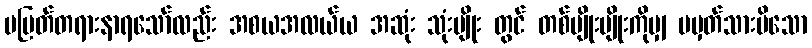
မပြတ်တရားနာရသော်လည်း အစယအလယ်ယ အဆုံး သုံးမျိုး တွင် တစ်မျိုးမျိုးကိုမျှ မမှတ်သားမိသော